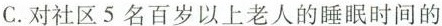
C.对社区5名百岁以上老人的睡眠时间的